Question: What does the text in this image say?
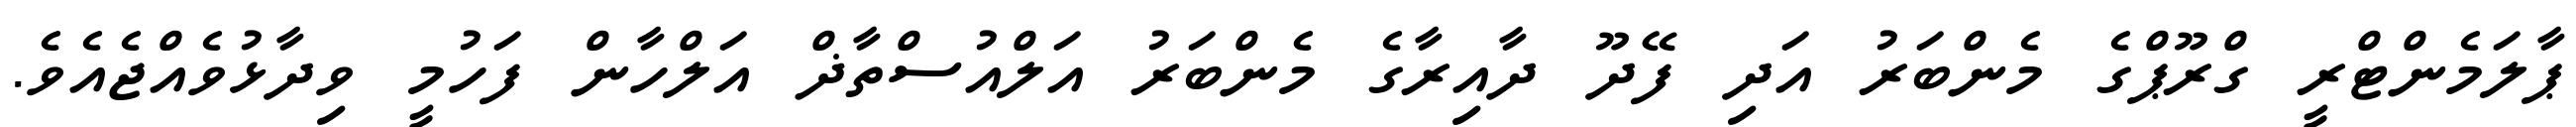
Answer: ޕާލަމެންޓްރީ ގްރޫޕްގެ މެންބަރު އަދި ފޭދޫ ދާއިރާގެ މެންބަރު އަލްއުސްތާޛް އަލްހާން ފަހުމީ ވިދާޅުވެއްޖެއެވެ.